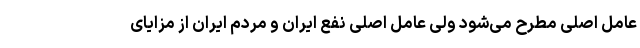
عامل اصلی مطرح می‌شود ولی عامل اصلی نفع ایران و مردم ایران از مزایای